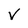
Character: v